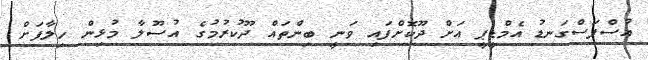
އުސްފަސްގަނޑު އެމްޑީޕީ އަށް ދޫކޮށްފައި ވަނީ ބިންތައް ދޫކުރުމުގެ އުސޫލާ މުޅިން ހިލާފަށް